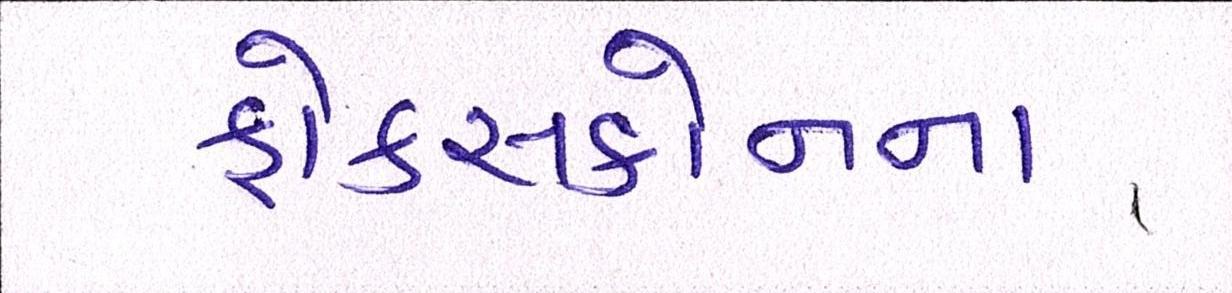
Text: ફોક્સકોનના